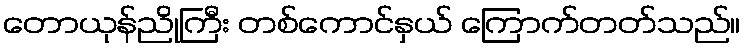
တောယုန်ညိုကြီး တစ်ကောင်နှယ် ကြောက်တတ်သည်။